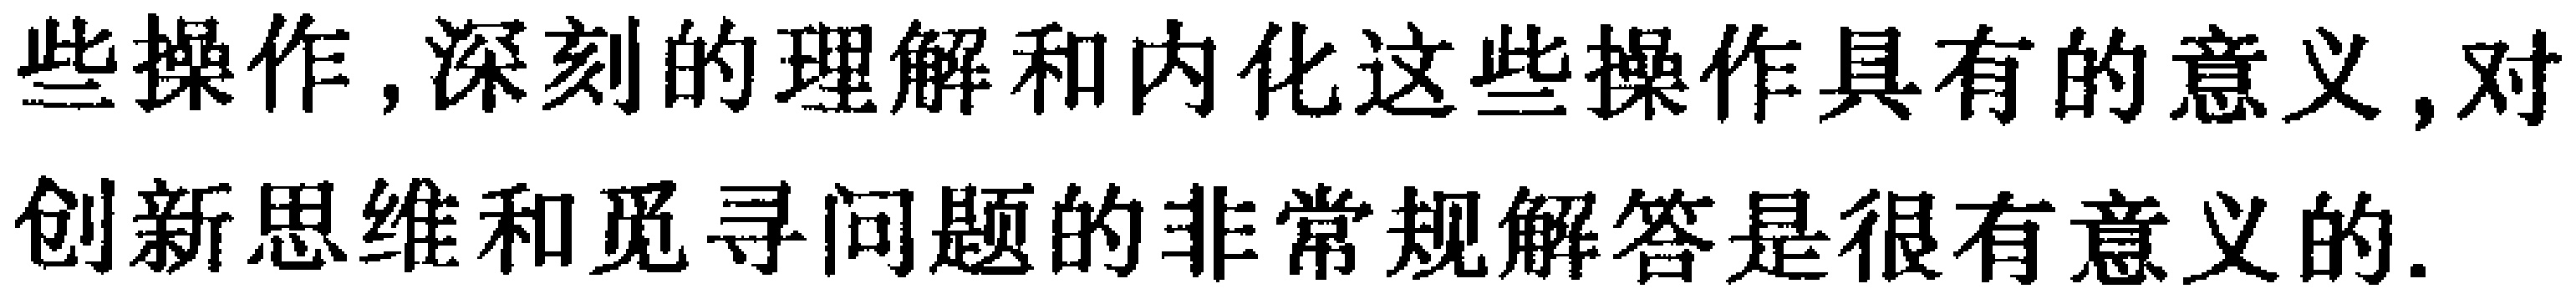
些操作,深刻的理解和内化这些操作具有的意义,对创新思维和觅寻问题的非常规解答是很有意义的.